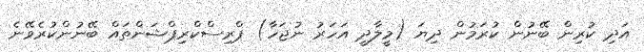
އަދި ކުރިން ބޭނުން ކުރަމުން ދިޔަ (މީލާދީ އަހަރު ނުޖަހާ) ޕްރިސްކްރިޕްޝަންތައް ބޭނުންކުރެވޭނެ